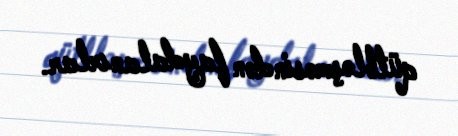
qütbləşməsindən faydalanırlar.